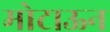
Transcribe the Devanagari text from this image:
मोटाऊन